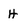
Character: H